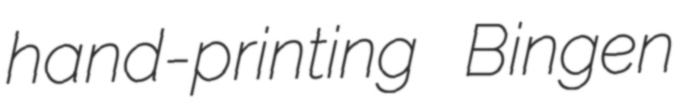
hand-printing Bingen